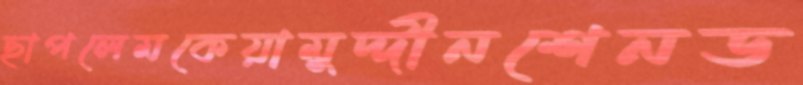
ছাপলেমকেয়ামুদ্দীনশেনড